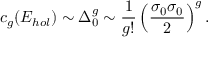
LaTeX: c _ { g } ( { \cal E } _ { h o l } ) \sim \Delta _ { 0 } ^ { g } \sim { \frac { 1 } { g ! } } \left( { \frac { \sigma _ { 0 } \sigma _ { 0 } } { 2 } } \right) ^ { g } .